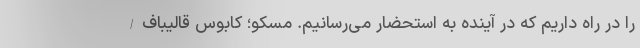
را در راه داریم که در آینده به استحضار می‌رسانیم. مسکو؛ کابوس قالیباف/